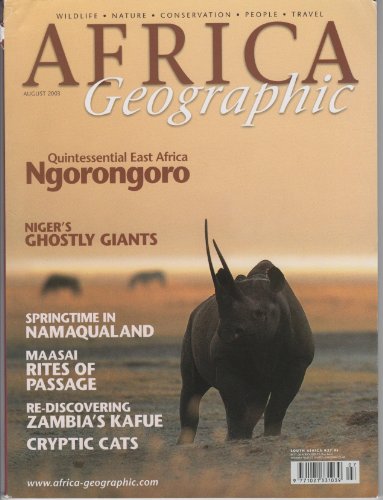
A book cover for AFRICA Geographic - August 2003 - Ngorongoro - Niger - Namaqualand - Maasai - Zambia - Kafue - Cats - Wildlife - Nature - Conservation - People - Travel -; Travel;